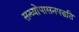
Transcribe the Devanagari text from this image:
सन्ध्याेपासनपद्धति